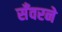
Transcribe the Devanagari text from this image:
सँवरने